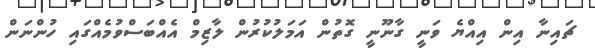
ޗައިނާ އިން އިއްޔެ ވަނީ ގާނޫނީ ގޮތުން އަމަލުކުރުން ލާޒިމް އެއްބަސްވުމެއްގައި ހުންނަން